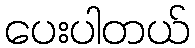
ပေးပါတယ်